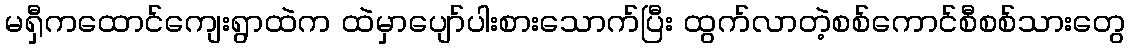
မရှီကထောင်ကျေးရွာထဲက ထဲမှာပျော်ပါးစားသောက်ပြီး ထွက်လာတဲ့စစ်ကောင်စီစစ်သားတွေ